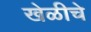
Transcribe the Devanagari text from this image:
खेळीचे